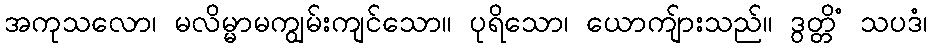
အကုသလော၊ မလိမ္မာမကျွမ်းကျင်သော။ ပုရိသော၊ ယောကျ်ားသည်။ ဒွတ္တိံ သပဒံ၊